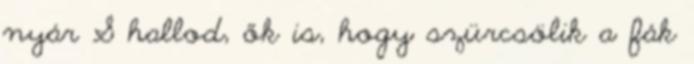
nyár S hallod, ők is, hogy szürcsölik a fák